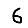
Digit: 6